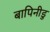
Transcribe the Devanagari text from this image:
बापिनीडु